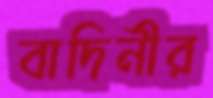
বাদিনীর